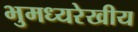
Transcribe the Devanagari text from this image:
भुमध्यरेखीय